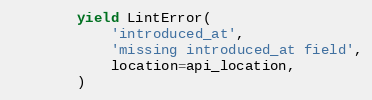
Language: Python
        yield LintError(
            'introduced_at',
            'missing introduced_at field',
            location=api_location,
        )